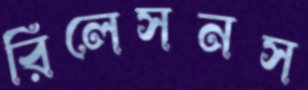
রিলেসনস